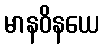
မာနဝိနယေ